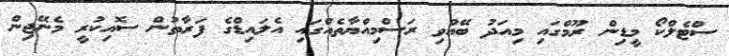
ސްޓެލްކޯ މީޑިން ރޫމްގައި މިއަދު ބޭއްވި ރަސްމިއްޔާތެއްގައި އެލައިޑްގެ ފަރާތުން ސޮއިކުރީ މެނޭޖިން